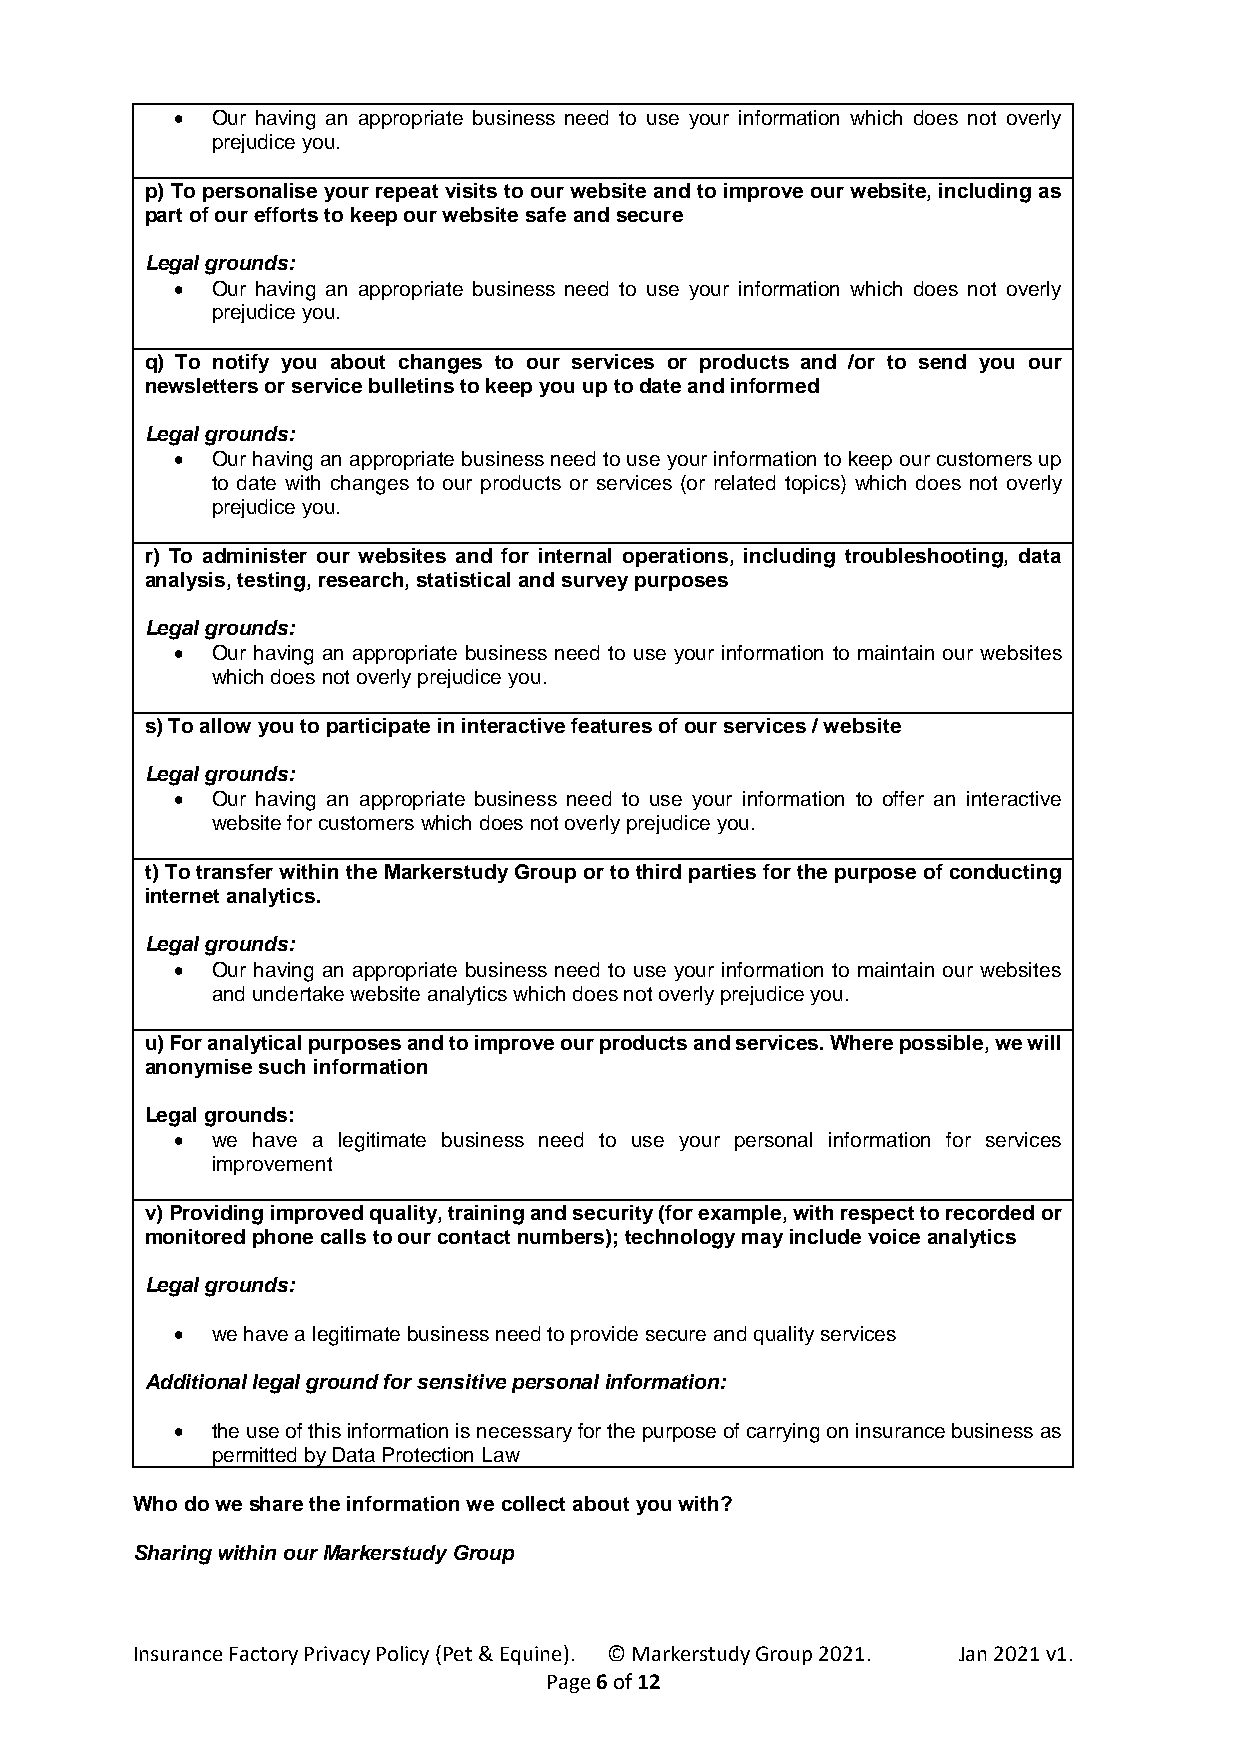
 Our having an appropriate business need to use your information which does not overly
 prejudice you.
 p) To personalise your repeat visits to our website and to improve our website, including as
 part of our efforts to keep our website safe and secure
 Legal grounds:
  Our having an appropriate business need to use your information which does not overly
 prejudice you.
 q) To notify you about changes to our services or products and /or to send you our
 newsletters or service bulletins to keep you up to date and informed
 Legal grounds:
  Our having an appropriate business need to use your information to keep our customers up
 to date with changes to our products or services (or related topics) which does not overly
 prejudice you.
 r) To administer our websites and for internal operations, including troubleshooting, data
 analysis, testing, research, statistical and survey purposes
 Legal grounds:
  Our having an appropriate business need to use your information to maintain our websites
 which does not overly prejudice you.
 s) To allow you to participate in interactive features of our services / website
 Legal grounds:
  Our having an appropriate business need to use your information to offer an interactive
 website for customers which does not overly prejudice you.
 t) To transfer within the Markerstudy Group or to third parties for the purpose of conducting
 internet analytics.
 Legal grounds:
  Our having an appropriate business need to use your information to maintain our websites
 and undertake website analytics which does not overly prejudice you.
 u) For analytical purposes and to improve our products and services. Where possible, we will
 anonymise such information
 Legal grounds:
  we have a legitimate business need to use your personal information for services
 improvement
 v) Providing improved quality, training and security (for example, with respect to recorded or
 monitored phone calls to our contact numbers); technology may include voice analytics
 Legal grounds:
  we have a legitimate business need to provide secure and quality services
 Additional legal ground for sensitive personal information:
  the use of this information is necessary for the purpose of carrying on insurance business as
 permitted by Data Protection Law
 Who do we share the information we collect about you with?
 Sharing within our Markerstudy Group
 Insurance Factory Privacy Policy (Pet & Equine). © Markerstudy Group 2021. Jan 2021 v1.
 Page 6 of 12